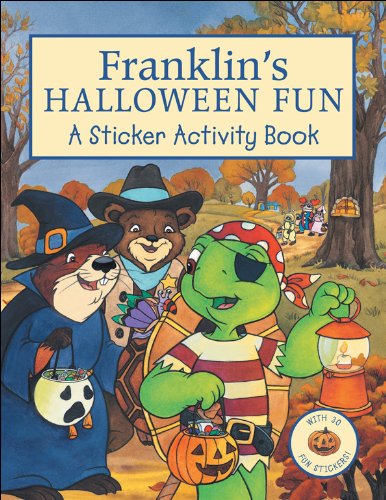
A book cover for Franklin's Halloween Fun: A Sticker Activity Book; Children's Books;